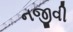
નજીવી